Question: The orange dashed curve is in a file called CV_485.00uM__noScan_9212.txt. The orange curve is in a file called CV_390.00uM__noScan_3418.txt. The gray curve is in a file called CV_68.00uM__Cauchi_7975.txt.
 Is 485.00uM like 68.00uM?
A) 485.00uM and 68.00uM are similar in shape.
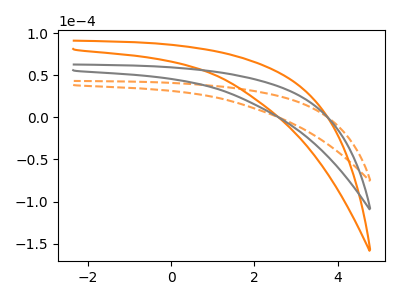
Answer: <think>The orange dashed curve "485.00uM" has no peaks. The orange curve "390.00uM" has no peaks. The gray curve "68.00uM" has no peaks.
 Neither "485.00uM" or "68.00uM" have any peaks.</think>
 <answer>A) "485.00uM" and "68.00uM" are similar in shape.</answer>
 <eval>A</eval>